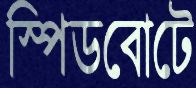
স্পিডবোটে